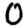
Digit: 0